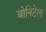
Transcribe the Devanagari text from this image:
बोनिटेल